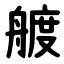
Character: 艔